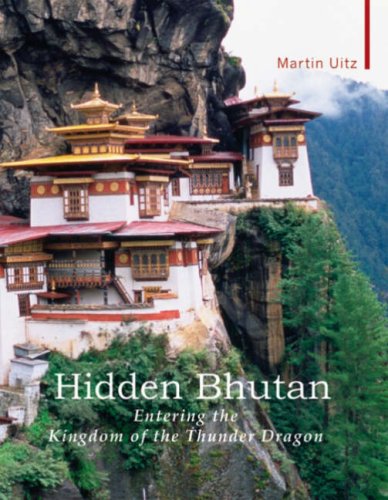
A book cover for Hidden Bhutan: Entering the Kingdom of the Thunder Dragon (Armchair Traveller); Martin & Nathaniel McBride Uitz; Travel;